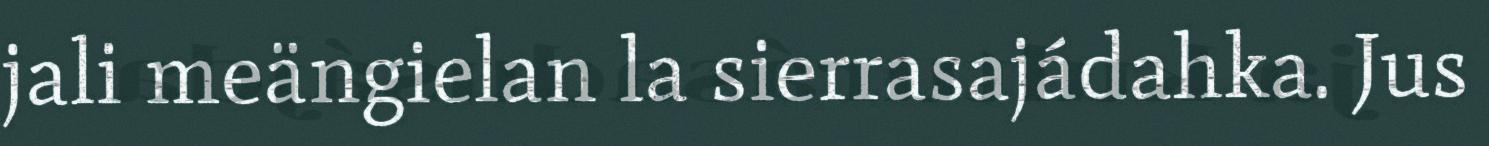
jali meängielan la sierrasajádahka. Jus